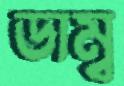
ডাম্ব